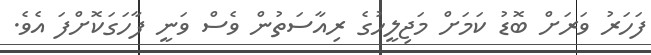
ފަހަރު ވަރަށް ބޮޑު ކަމަށް މަޖިލީހުގެ ރިއާސަތުން ވެސް ވަނީ ފާހަގަކޮށްފަ އެވެ.